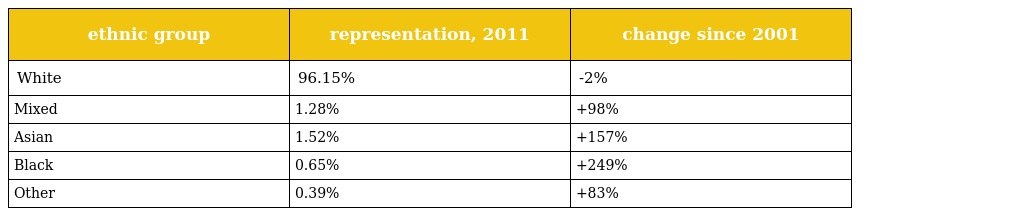
| ethnic group | representation, 2011 | change since 2001 |
 | --- | --- | --- |
 | White | 96.15% | -2% |
 | Mixed | 1.28% | +98% |
 | Asian | 1.52% | +157% |
 | Black | 0.65% | +249% |
 | Other | 0.39% | +83% |